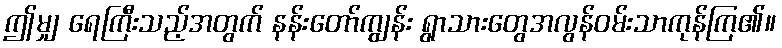
ဤမျှ ရေကြီးသည့်အတွက် နန်းတော်ကျွန်း ရွာသားတွေအလွန်ဝမ်းသာကုန်ကြ၏။